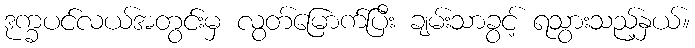
ဒုက္ခပင်လယ်အတွင်းမှ လွတ်မြောက်ပြီး ချမ်းသာခွင့် ရသွားသည့်နှယ်။